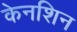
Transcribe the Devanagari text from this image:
केनशिन